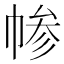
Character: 㡎